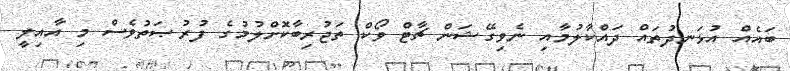
ބައެއް އުޅަނދުތައް ދައްކާލުމާއި ނެވިގޭޝަން ޗާޓް ވޯކް ތަޖުރިބާކޮށްލުމުގެ ފުރުޞަތުވެސް މި އާއިލީ